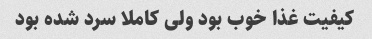
کیفیت غذا خوب بود ولی کاملا سرد شده بود